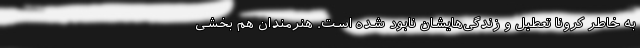
به خاطر کرونا تعطیل و زندگی‌هایشان نابود شده است. هنرمندان هم بخشی